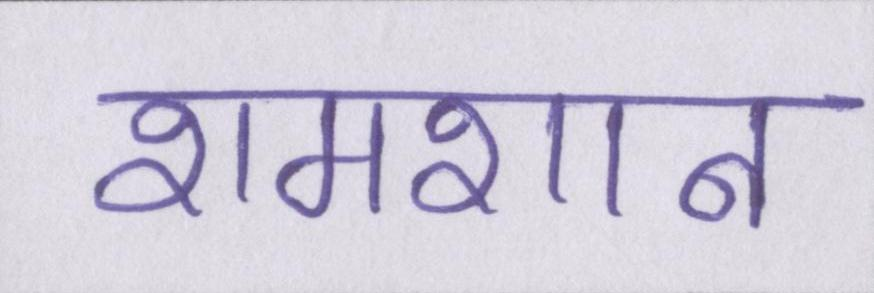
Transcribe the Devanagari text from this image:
शमशान